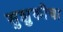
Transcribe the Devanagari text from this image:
सुझुकीचा